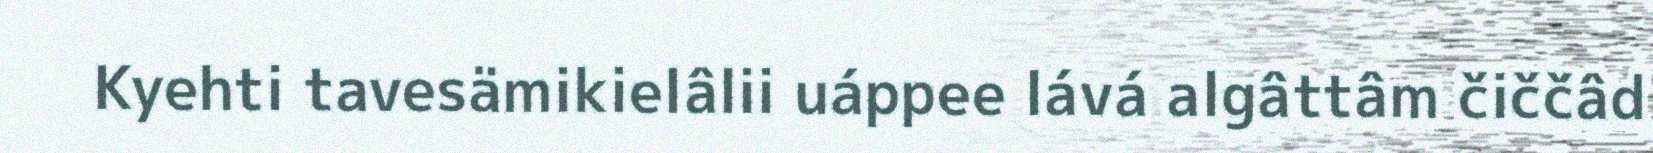
Kyehti tavesämikielâlii uáppee lává algâttâm čiččâd